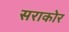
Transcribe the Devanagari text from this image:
सराकोर